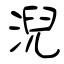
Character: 淣